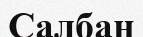
Салбан